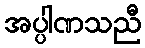
အပ္ပါဏသညီ